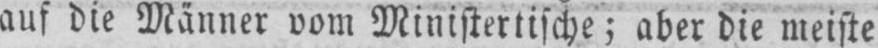
auf die Männer vom Ministertische; aber die meiste